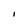
Character: I